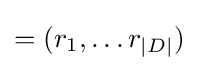
=(r_{1},\dots r_{|D|})